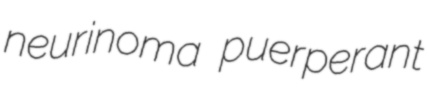
neurinoma puerperant